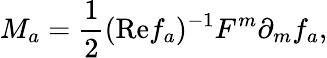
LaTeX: M_{a}={\frac{1}{2}}(\mathrm{Re}f_{a})^{-1}F^{m}\partial_{m}f_{a},